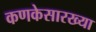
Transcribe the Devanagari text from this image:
कणकेसारख्या